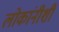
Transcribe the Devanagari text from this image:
लोकांनीशी